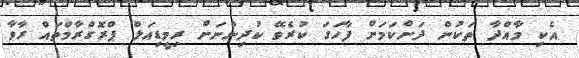
އެކި މާއްދާ ތަކުން ދަށްކަމަށް ފާހަގަ ކުރެވޭ ކުދިންނަށް ރިމީޑިއަލް ޕްރޮގްރާމްތައް ރާވާ